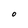
Character: O